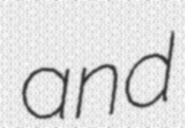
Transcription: and